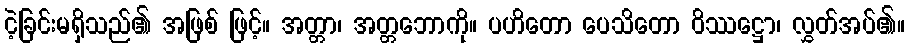
ငဲ့ခြင်းမရှိသည်၏ အဖြစ် ဖြင့်။ အတ္တာ၊ အတ္တဘောကို။ ပဟိတော ပေသိတော ဝိဿဋ္ဌော၊ လွှတ်အပ်၏။